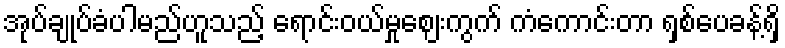
အုပ်ချုပ်ခံပါမည်ဟူသည့် ရောင်းဝယ်မှုဈေးကွက် ကံကောင်းတာ ရှစ်ပေခန့်ရှိ